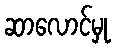
ဆာလောင်မှု